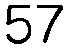
57